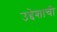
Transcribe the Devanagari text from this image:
उद्देशाची